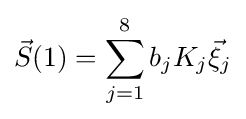
{\vec {S}}(1)=\sum _{j=1}^{8}b_{j}K_{j}{\vec {\xi }}_{j}